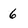
Character: 6